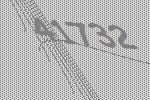
41732